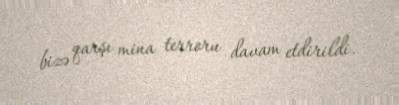
bizə qarşı mina terroru davam etdirildi.